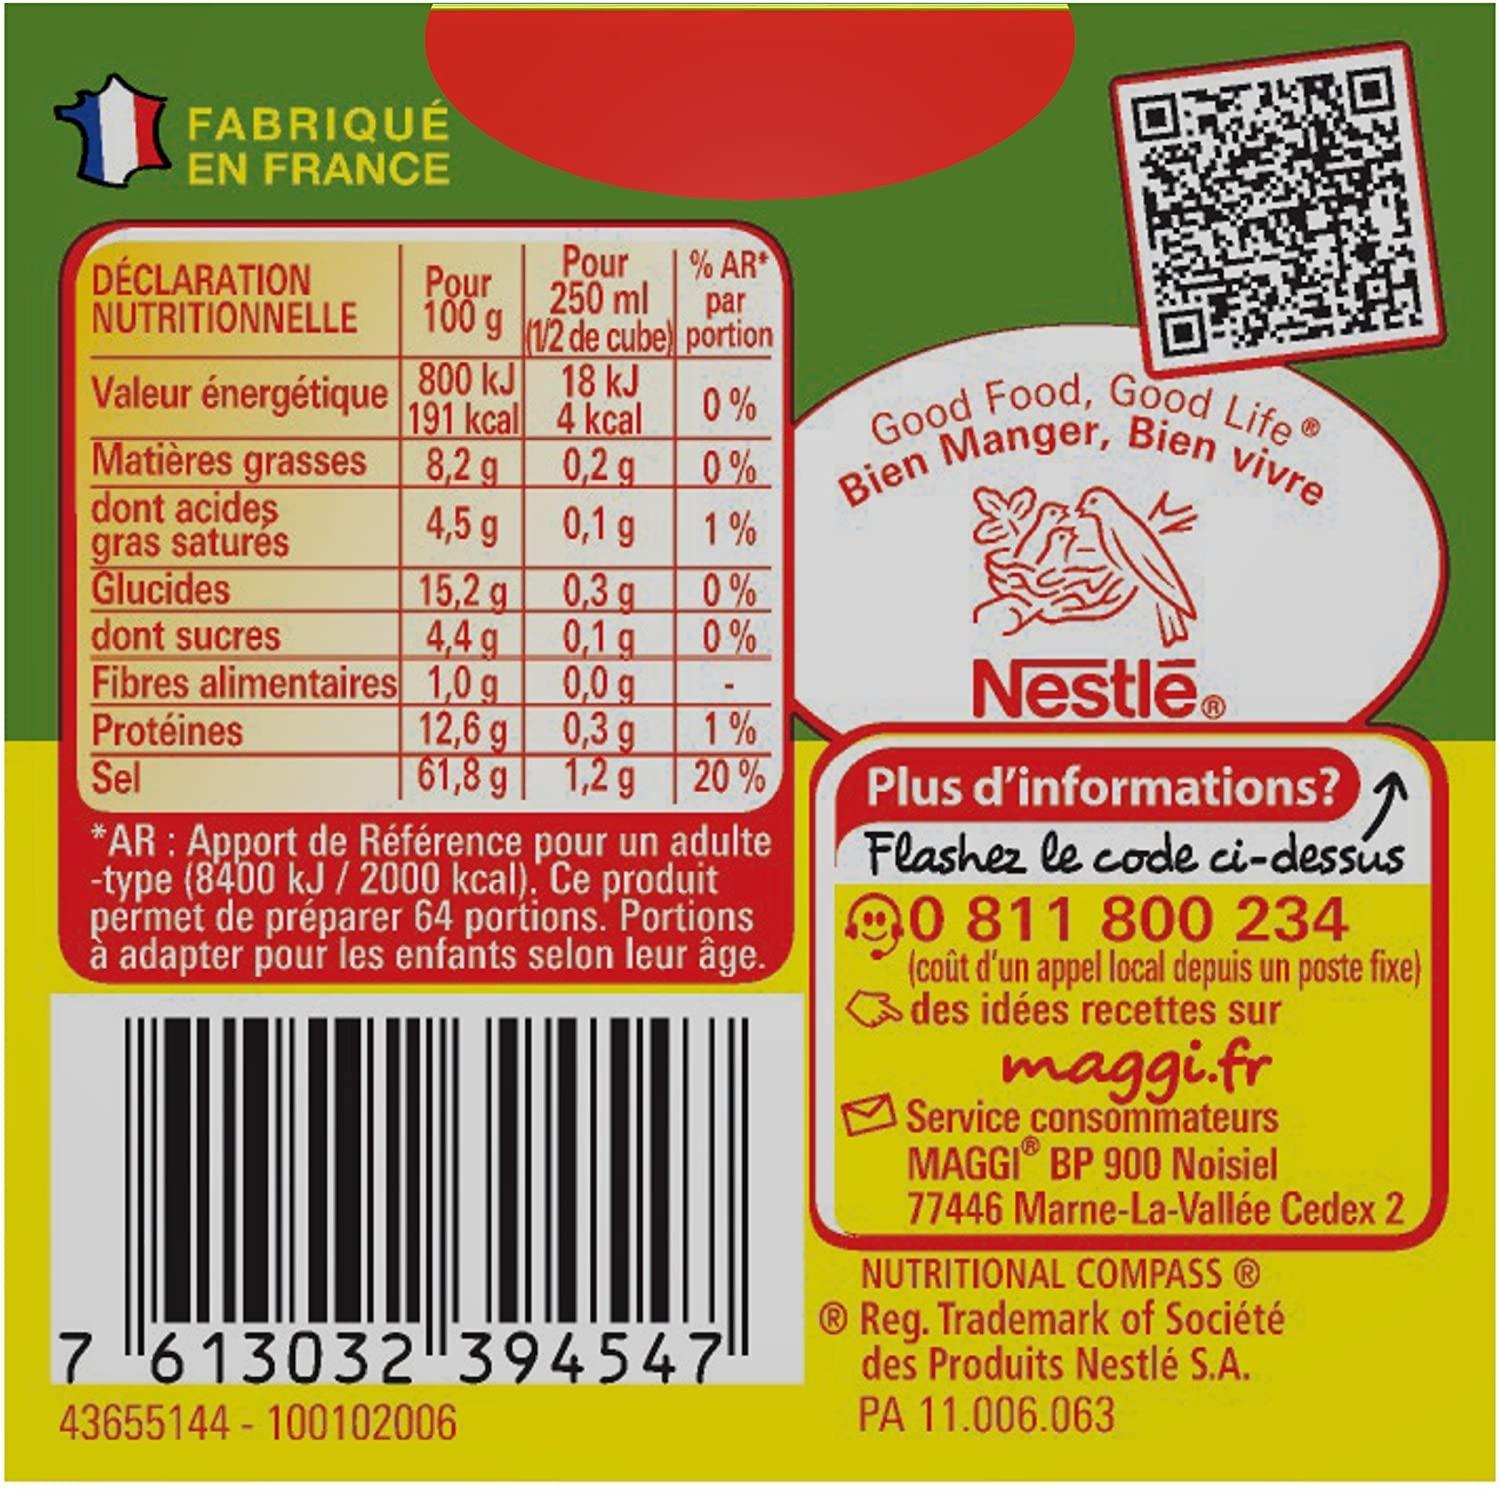
FABRIQUÉ EN FRANCE
Pour
% AR
DÉCLARATION NUTRITIONNELLE
Pour
250 ml
par
100 g n2 de cube) portion
Valeur énergétique 800 kJ 18 kJ 0,2 g 4,5 g 0,1 g 15,2 g 0,3 g
Good Food, Good Life
191 kcal 4 kcal
0%
Bien Manger, 1%
Bien vivre
Matières grasses dont acides gras saturés Glucides dont sucres Fibres alimentaires 1,0 g Protéines Sel
8,2 g
0%
0%
4,4 g
0,1 g
0%
0,0 g
Nestlē
12,6 g 0,3 g
1%
61,8 g| 1,2 g | 20 %
Plus d'informations? Flashez le code ci-dessus
*AR : Apport de Référence pour un adulte
-type (8400 kJ / 2000 kcal). Ce produit permet de préparer 64 portions. Portions à adapter pour les enfants selon leur âge.
90 811 800 234 (coût d'un appel local depuis un poste fixe) des idées recettes sur
maggi.fr Service consommateurs MAGGI BP 900 Noisiel 77446 Marne-La-Vallée Cedex 2
NUTRITIONAL COMPASS®
7 613032 394547
® Reg. Trademark of Société des Produits Nestlé S.A. PA 11.006.063
43655144 - 100102006